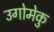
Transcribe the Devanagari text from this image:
उगोमेकु